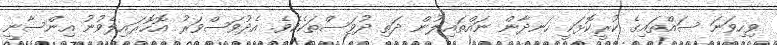
ވިހިވަނަ ސައްތައިގެ ކުރީކޮޅަކީ ހަނދާން ނައްތައިލުން ދަތި ދުވަސްތަކެކެވެ. އެދުވަސްވަރު އޮހޮރައިލެވުނު އިންސާނީ